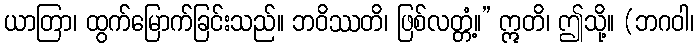
ယာတြာ၊ ထွက်မြောက်ခြင်းသည်။ ဘဝိဿတိ၊ ဖြစ်လတ္တံ့။” ဣတိ၊ ဤသို့။ (ဘဂဝါ၊